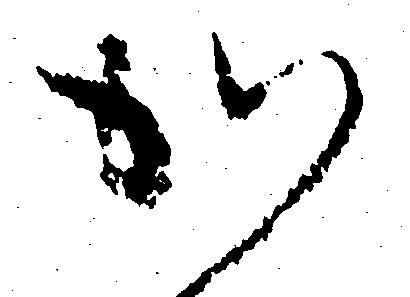
か